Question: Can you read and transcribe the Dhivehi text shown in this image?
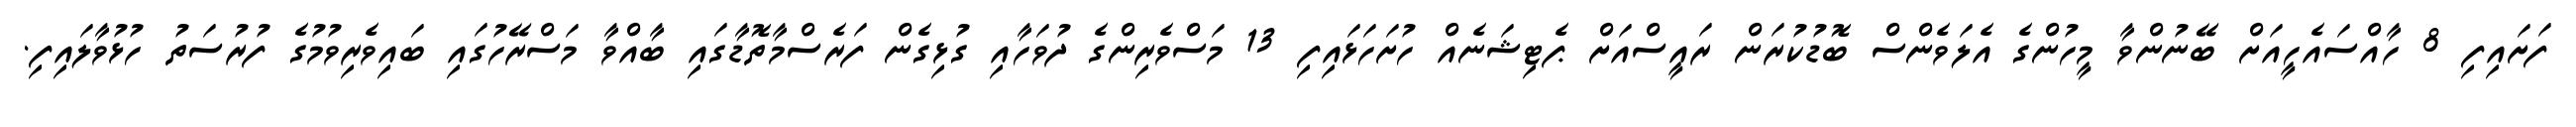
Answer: ފަށައިފި 8 ހާއްސައެހީއަށް ބޭނުންވާ މީހުންގެ އެލަވެންސް ބޮޑުކުރަން ރައީސްއަށް ޕެޓިޝަނެއް ހުށަހަޅައިފި 13 މަސްވެރިންގެ ދުވަހާއި ގުޅިގެން ފަރެސްމާތޮޑާގައި ބާއްވާ މަސްރޭހުގައި ބައިވެރިވުމުގެ ފުރުސަތު ހުޅުވާލައިފި.